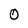
Character: 0